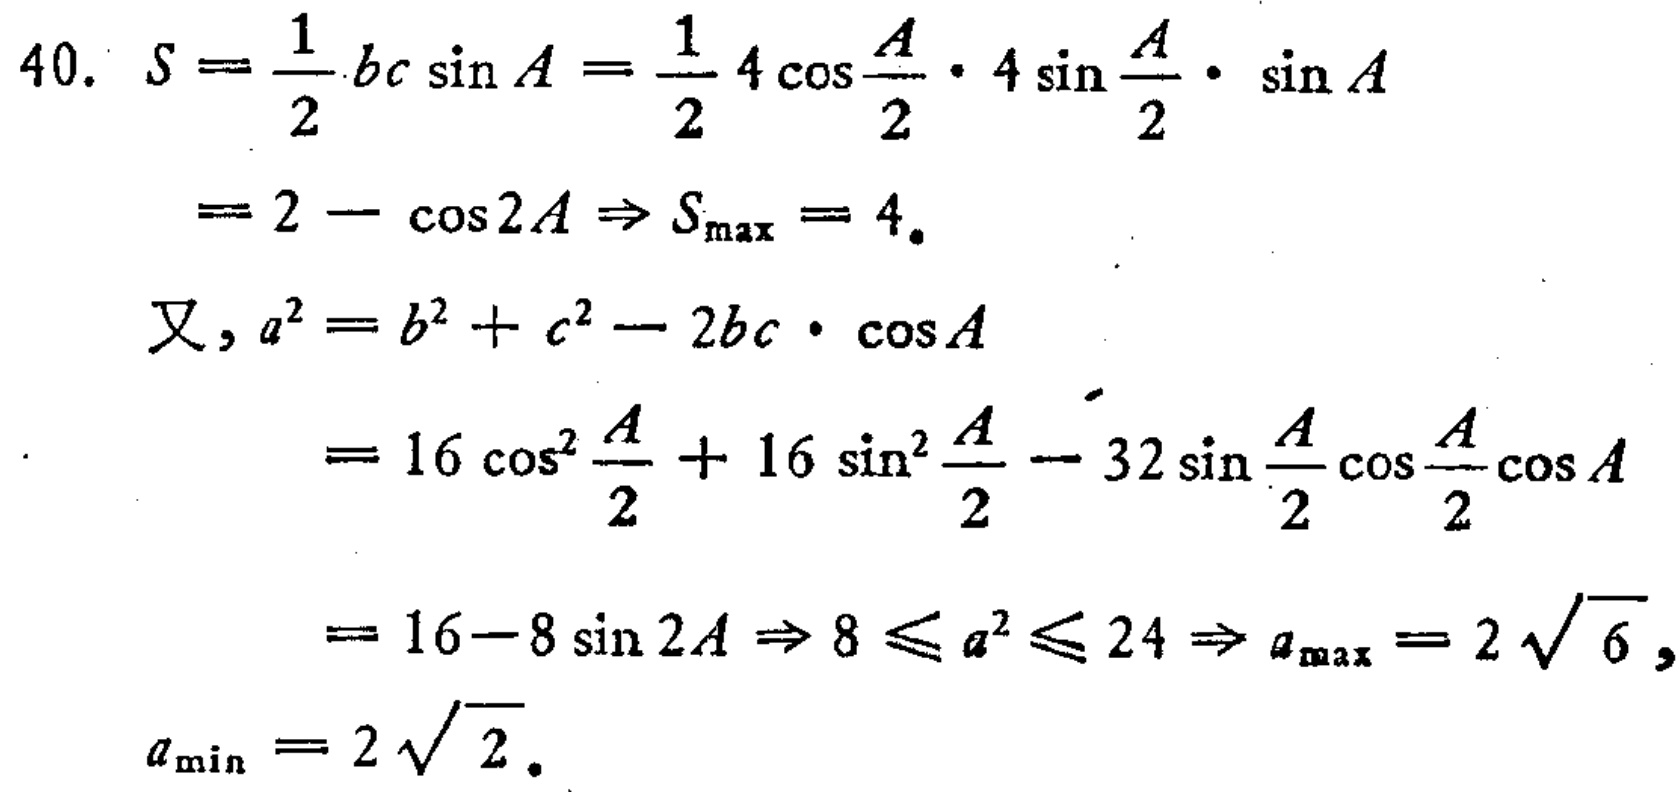
\begin{align*}
40.\ S&=\frac{1}{2}bc\sin A=\frac{1}{2}4\cos\frac{A}{2}\cdot4\sin\frac{A}{2}\cdot\sin A\\
&=2 - \cos2A\Rightarrow S_{\max}=4.\\
\text{又},a^{2}&=b^{2}+c^{2}-2bc\cdot\cos A\\
&=16\cos^{2}\frac{A}{2}+16\sin^{2}\frac{A}{2}-32\sin\frac{A}{2}\cos\frac{A}{2}\cos A\\
&=16 - 8\sin2A\Rightarrow8\leqslant a^{2}\leqslant24\Rightarrow a_{\max}=2\sqrt{6},\\
a_{\min}&=2\sqrt{2}.
\end{align*}